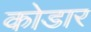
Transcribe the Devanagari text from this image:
कोडार